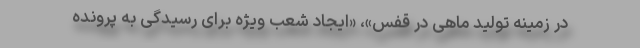
در زمینه تولید ماهی در قفس»، «ایجاد شعب ویژه برای رسیدگی به پرونده